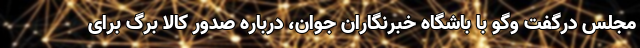
مجلس درگفت وگو با باشگاه خبرنگاران جوان، درباره صدور کالا برگ برای